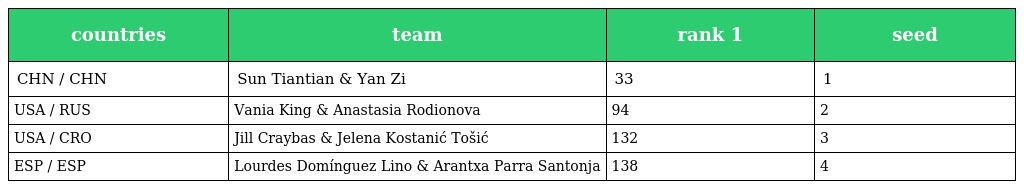
| countries | team | rank 1 | seed |
 | --- | --- | --- | --- |
 | CHN / CHN | Sun Tiantian & Yan Zi | 33 | 1 |
 | USA / RUS | Vania King & Anastasia Rodionova | 94 | 2 |
 | USA / CRO | Jill Craybas & Jelena Kostanić Tošić | 132 | 3 |
 | ESP / ESP | Lourdes Domínguez Lino & Arantxa Parra Santonja | 138 | 4 |